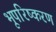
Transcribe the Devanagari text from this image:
भूपरिष्करण